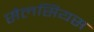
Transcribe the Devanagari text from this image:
सैलसियस